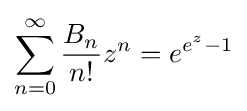
\sum _{n=0}^{\infty }{\frac {B_{n}}{n!}}z^{n}=e^{e^{z}-1}